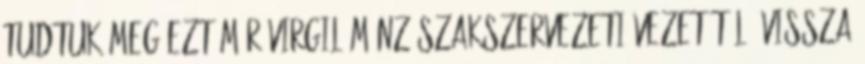
tudtuk meg ezt már Virgil Mânz szakszervezeti vezetőtől. VISSZA